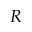
R